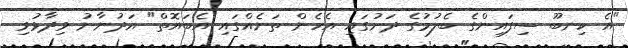
"އެ ކިނބޫ ސިފައިންގެ ބެލުމުގެ ދަށުގައި އެހެން ތަނެއްގައި އެބައޮތް" އަދުނާނު ވިދާޅުވި